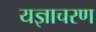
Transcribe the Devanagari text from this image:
यज्ञाचरण